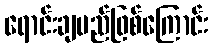
ရောင်းချမည်ဖြစ်ကြောင်း